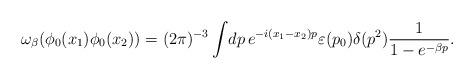
LaTeX: \begin{align*}\omega_\beta (\phi_0 (x_1) \phi_0 (x_2)) =(2 \pi)^{-3} \int \! dp \,e^{-i(x_1-x_2)p} \varepsilon (p_{0})\delta (p^{2})\frac{1}{1-e^{-\beta p}}.\end{align*}